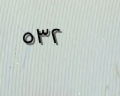
٥٣٢